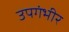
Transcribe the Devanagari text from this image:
उपगंभीर